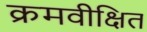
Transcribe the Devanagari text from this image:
क्रमवीक्षित